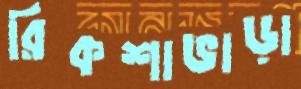
রিকশাভাড়া